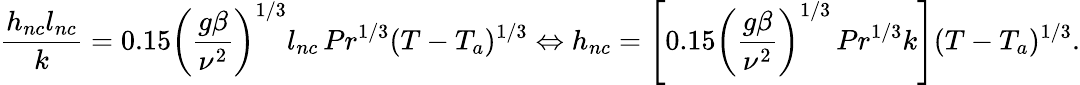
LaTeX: \frac{h_{nc}l_{nc}}{k}=0.15\left(\frac{g\beta}{\nu^{2}}\right)^{1/3}l_{nc}\, Pr^{1/3}(T-T_{a})^{1/3}\Leftrightarrow h_{nc}=\left[0.15\left(\frac{g\beta}{\nu^{2}}\right)^{1/3}\, Pr^{1/3}k\right](T-T_{a})^{1/3}.